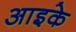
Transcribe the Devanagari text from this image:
आइके